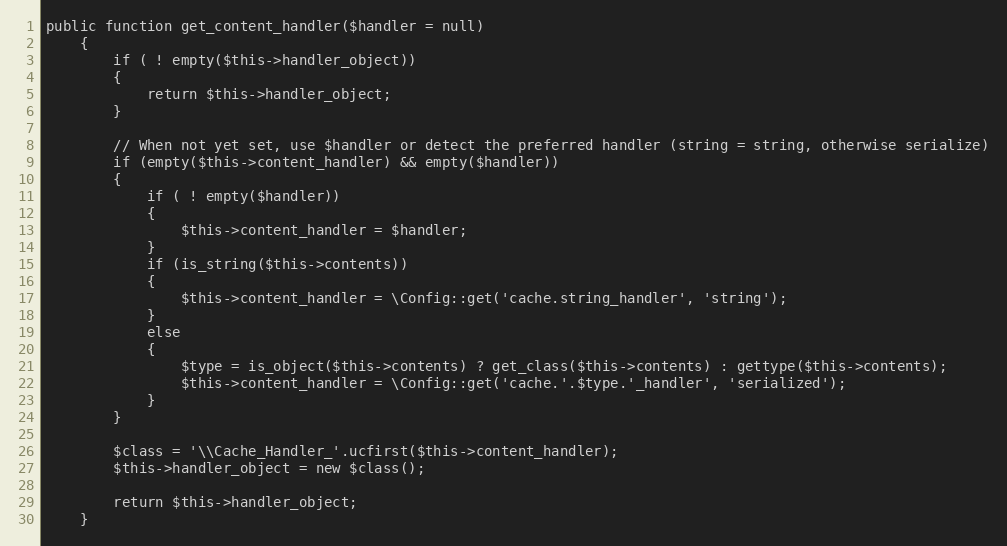
Language: PHP
public function get_content_handler($handler = null)
	{
		if ( ! empty($this->handler_object))
		{
			return $this->handler_object;
		}

		// When not yet set, use $handler or detect the preferred handler (string = string, otherwise serialize)
		if (empty($this->content_handler) && empty($handler))
		{
			if ( ! empty($handler))
			{
				$this->content_handler = $handler;
			}
			if (is_string($this->contents))
			{
				$this->content_handler = \Config::get('cache.string_handler', 'string');
			}
			else
			{
				$type = is_object($this->contents) ? get_class($this->contents) : gettype($this->contents);
				$this->content_handler = \Config::get('cache.'.$type.'_handler', 'serialized');
			}
		}

		$class = '\\Cache_Handler_'.ucfirst($this->content_handler);
		$this->handler_object = new $class();

		return $this->handler_object;
	}